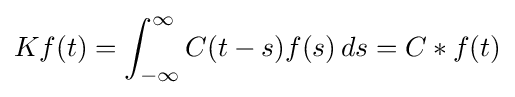
Kf(t)=\int _{-\infty }^{\infty }C(t-s)f(s)\,ds=C*f(t)